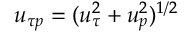
u _ { \tau p } = ( { u _ { \tau } ^ { 2 } + u _ { p } ^ { 2 } } ) ^ { 1 / 2 }